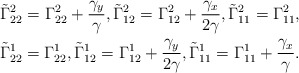
\begin{align*}\tilde{\Gamma}^2_{22}=\Gamma^2_{22}+\frac{\gamma_y}{\gamma},\tilde{\Gamma}^2_{12}=\Gamma^2_{12}+\frac{\gamma_x}{2\gamma},\tilde{\Gamma}^2_{11}=\Gamma^2_{11},\\\tilde{\Gamma}^1_{22}=\Gamma^1_{22},\tilde{\Gamma}^1_{12}=\Gamma^1_{12}+\frac{\gamma_y}{2\gamma},\tilde{\Gamma}^1_{11}=\Gamma^1_{11}+\frac{\gamma_x}{\gamma}.\end{align*}